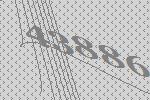
43886